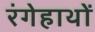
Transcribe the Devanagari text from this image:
रंगेहाथों